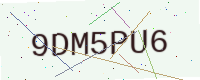
Text: 9DM5PU6